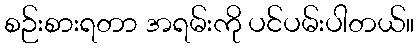
စဉ်းစားရတာ အရမ်းကို ပင်ပမ်းပါတယ်။